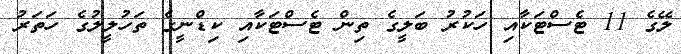
ލޭގެ 11 ޓެސްޓަކާއި ހަކުރު ބަލީގެ ތިން ޓެސްޓަކާއި ކިޑްނީގެ ތަހުލީލުގެ ހަތަރު